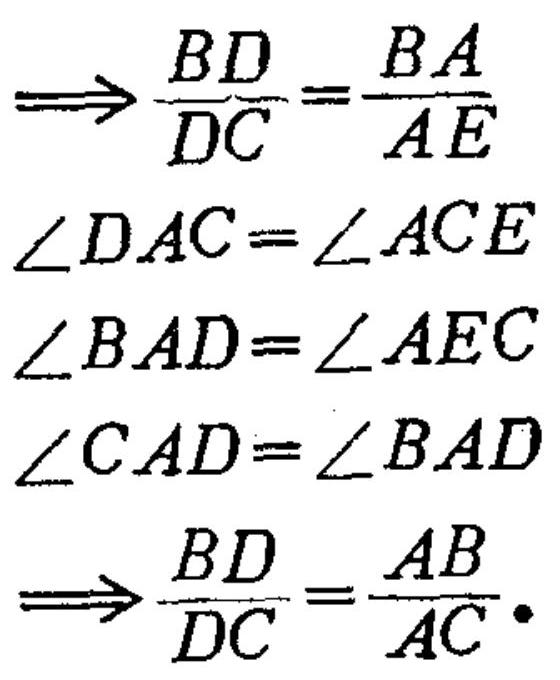
$\begin{align*}
&\Rightarrow\frac{BD}{DC}=\frac{BA}{AE}\\
&\angle DAC=\angle ACE\\
&\angle BAD=\angle AEC\\
&\angle CAD=\angle BAD\\
&\Rightarrow\frac{BD}{DC}=\frac{AB}{AC}.
\end{align*}$